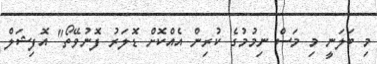
މި ބަލަނީ މި މަސް ނިމުމުގެ ކުރިން އެއްކޮށް ޑޮލަރު ފޮނުވޭތޯ" އޮފިޝަލް